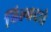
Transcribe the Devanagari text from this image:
बिल्वदले